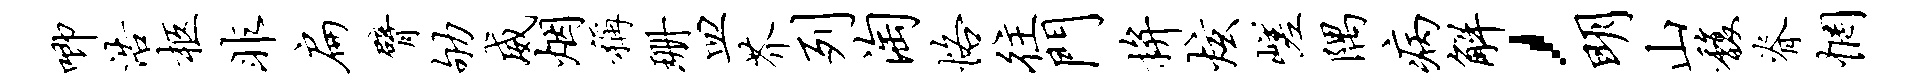
唧浩柩非扁臂劬威烟称珊皿芥列淘恪往门拚炫嵯隅病解，明山馥脊惘